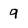
Character: 9